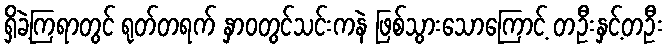
ရှိခဲ့ကြရာတွင် ရုတ်တရက် နှာဝတွင်သင်းကနဲ ဖြစ်သွားသောကြောင့် တဦးနှင့်တဦး